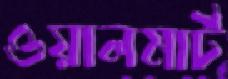
ওয়ালমার্ট